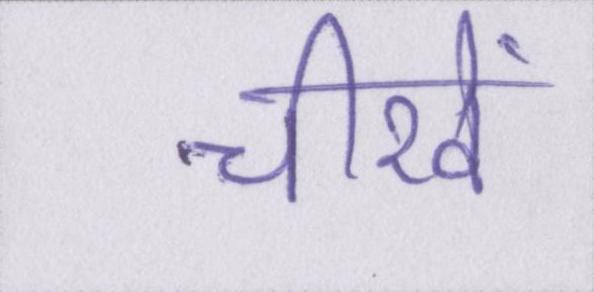
चीखें